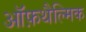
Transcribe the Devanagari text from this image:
ऑफ़थैल्मिक